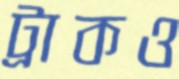
ট্রাকও